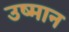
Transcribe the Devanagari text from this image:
उष्मान